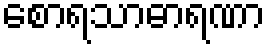
စောရသာဓာရဏာ